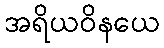
အရိယဝိနယေ